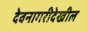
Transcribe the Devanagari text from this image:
देवनागरीदेखील